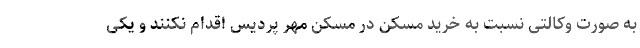
به صورت وکالتی نسبت به خرید مسکن در مسکن مهر پردیس اقدام نکنند و یکی